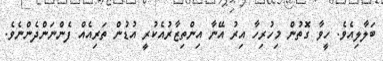
ބަލާލިއެވެ. ހީވާ ގޮތުން މިހުރިހާ އިރު އޭނާ އިންތިޒާރުއެކުރީ އުޑުން ތަރިއެއް ފެންނަންދެންނެވެ.